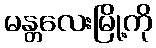
မန္တလေးမြို့ကို